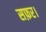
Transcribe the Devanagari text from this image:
सफ़र।